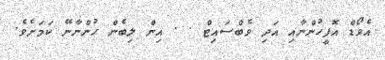
އެވޯޑް އޮފީހުންނާއި އަދި ވެބްސައިޓް . . އިން ލިބެން ހުންނާނޭ ކަމަށެވެ.